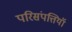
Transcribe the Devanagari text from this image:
परिसंपत्तियॉ